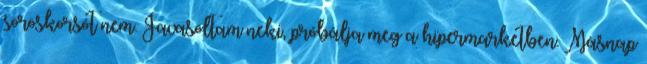
söröskorsót nem. Javasoltam neki, próbálja meg a hipermarketben. Másnap